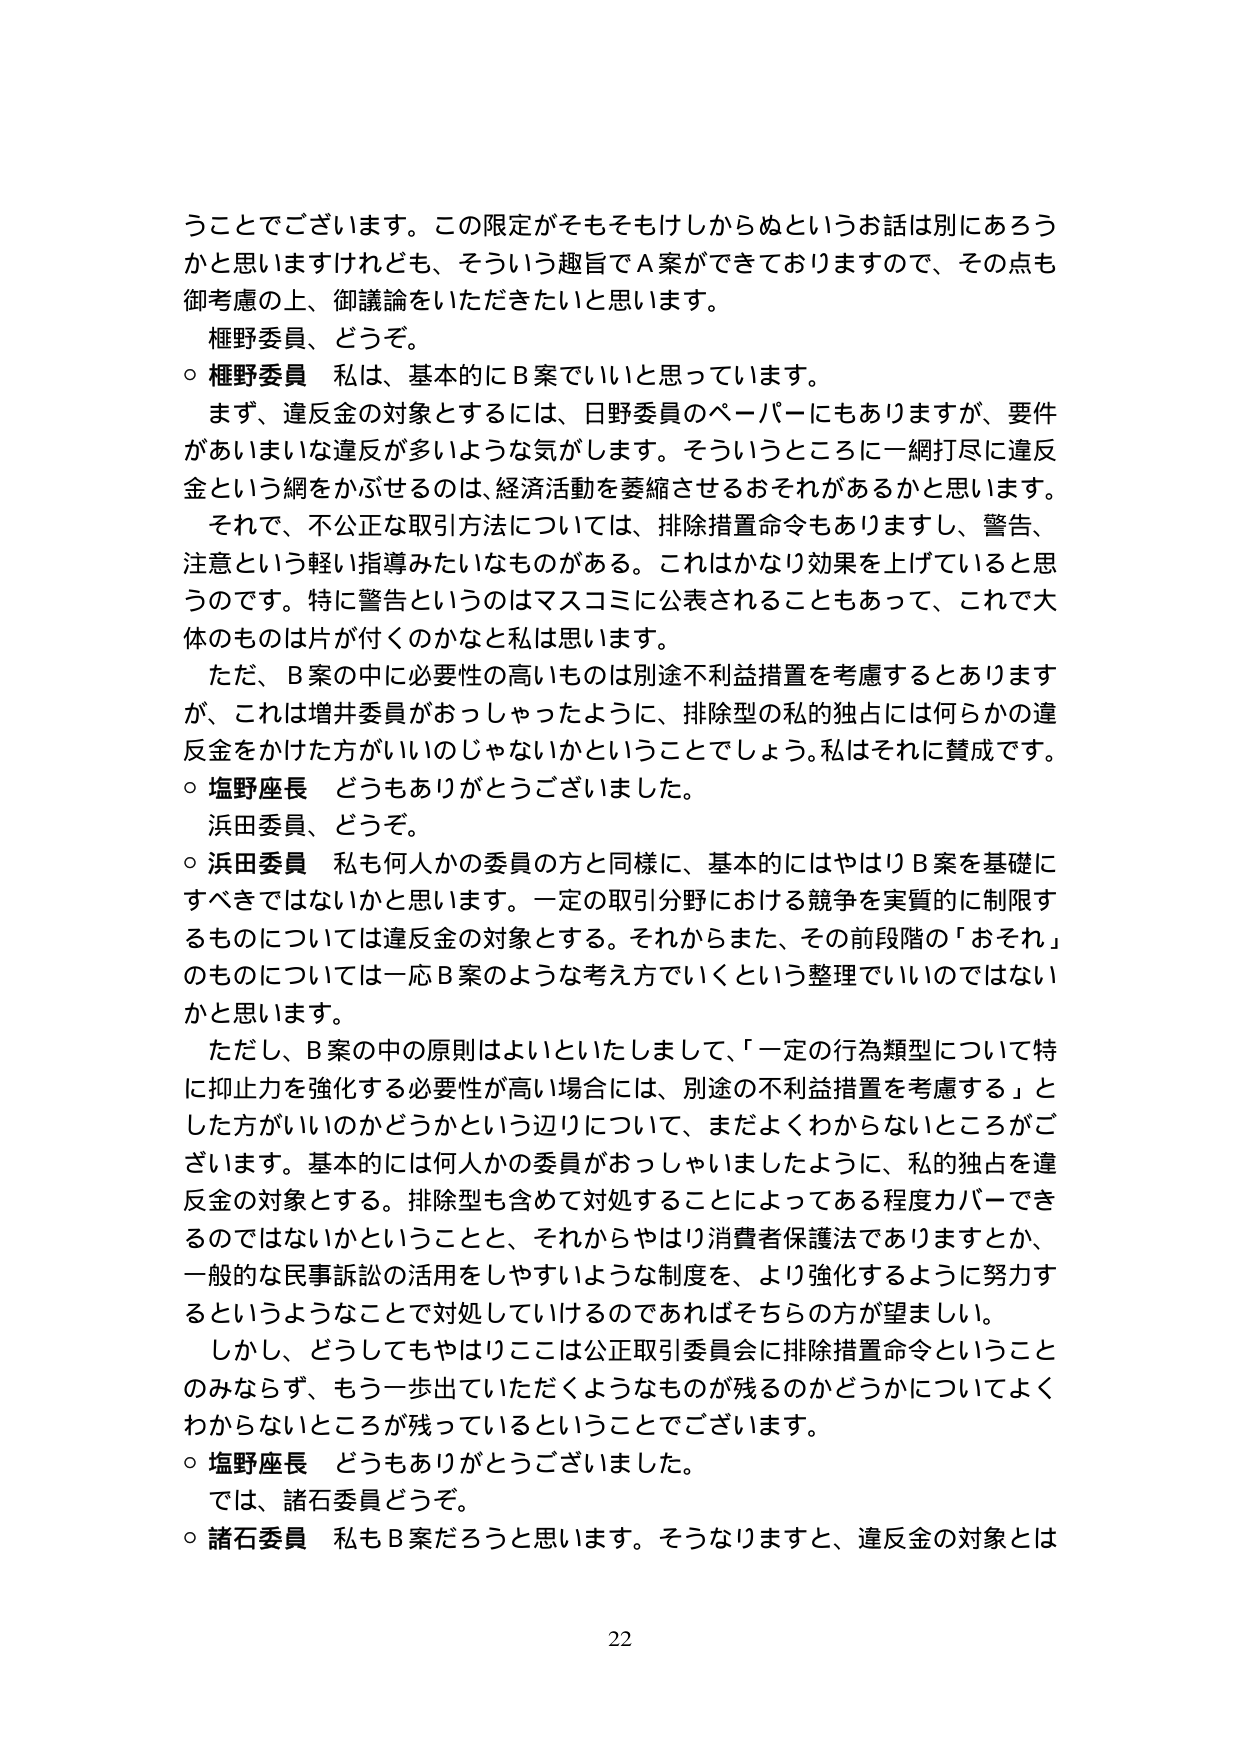
うことでございます。この限定がそもそもけしからぬというお話は別にあるうかと思いますけれども、そういう趣旨でＡ案ができておりますので、その点も御考慮の上、御議論をいただきたいと思います。

権野委員、どうぞ。

○ 権野委員　私は、基本的にＢ案でいいと思っています。

　まず、違反金の対象とするには、日野委員のペーパーにもありますが、要件があいまいな違反が多いような気がします。そういうところに一網打尽に違反金という網をかぶせるのは、経済活動を萎縮させるおそれがあるかと思います。

　それで、不公正な取引方法については、排除措置命令もありますし、警告、注意という軽い指導みたいなものがある。これはかなり効果を上げていると思います。特に警告というのはマスコミに公表されることもあって、これで大体のものは片が付くのかなと私は思います。

　ただ、Ｂ案の中に必要性の高いものは別途不利益措置を考慮するとあります が、これは増井委員がおっしゃったように、排除型の私的独占には何らかの違反金をかけた方がいいのじゃないかということでしょう。私はそれに賛成です。

○ 塩野座長　どうもありがとうございました。

　浜田委員、どうぞ。

○ 浜田委員　私も何人かの委員の方と同様に、基本的にはやはりＢ案を基礎にすべきではないかと思います。一定の取引分野における競争を実質的に制限するものについては違反金の対象とする。それからまた、その前段階の「おそれ」のものについては一応Ｂ案のような考え方でいくという整理でいいのではないかと思います。

　ただし、Ｂ案の中の原則はよいといたしまして、「一定の行為類型について特に抑止力を強化する必要性が高い場合には、別途の不利益措置を考慮する」とした方がいいのかどうかという辺りについて、まだよくわからないところがございます。基本的には何人かの委員がおっしゃいましたように、私的独占を違反金の対象とする。排除型も含めて対処することによってある程度カバーできるのではないかということと、それからやはり消費者保護法でありますとか、一般的な民事訴訟の活用をしやすいような制度を、より強化するように努力するというようなことで対処していけるのであればそちらの方が望ましい。

　しかし、どうしてもやはりここは公正取引委員会に排除措置命令ということのみならず、もう一歩出ていただくようなものが残るのかどうかについてよくわからないところが残っているということでございます。

○ 塩野座長　どうもありがとうございました。

　では、諸石委員どうぞ。

○ 諸石委員　私もＢ案だろうと思います。そうなりますと、違反金の対象とは

22